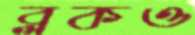
ব্লকও